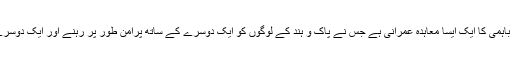
صوفی کلچر پاک و ہند کے اندربقائے باہمی کا ایک ایسا معاہدہ عمرانی ہے جس نے پاک و ہند کے لوگوں کو ایک دوسرے کے ساتھ پرامن طور پر رہنے اور ایک دوسرے کے ساتھ رہنے کی وجہ بنا ہوا ہے۔